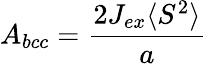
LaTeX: A_{bcc}={\frac{2J_{ex}\langle S^{2}\rangle}{a}}